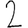
Digit: 2